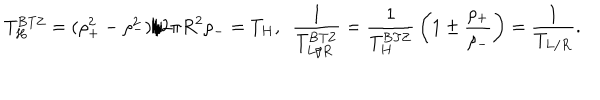
LaTeX: T _ { H } ^ { \mathrm { B T Z } } = ( \rho _ { + } ^ { 2 } - \rho _ { - } ^ { 2 } ) / 2 \pi R ^ { 2 } \rho _ { - } = T _ { H } , ~ ~ { \frac { 1 } { T _ { L / R } ^ { \mathrm { B T Z } } } } = { \frac { 1 } { T _ { H } ^ { \mathrm { B T Z } } } } \left( 1 \pm { \frac { \rho _ { + } } { \rho _ { - } } } \right) = { \frac { 1 } { T _ { L / R } } } .